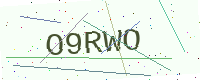
Text: O9RWO